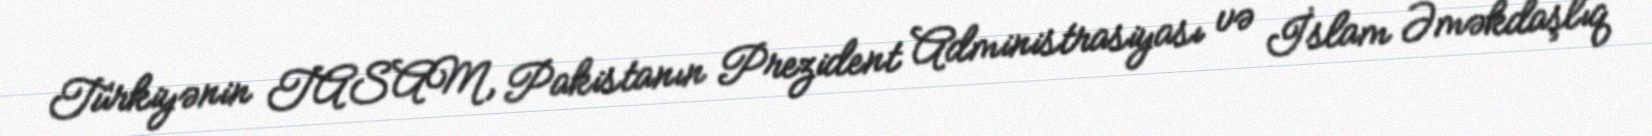
Türkiyənin TASAM, Pakistanın Prezident Administrasiyası və İslam Əməkdaşlıq